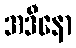
အဒီနော